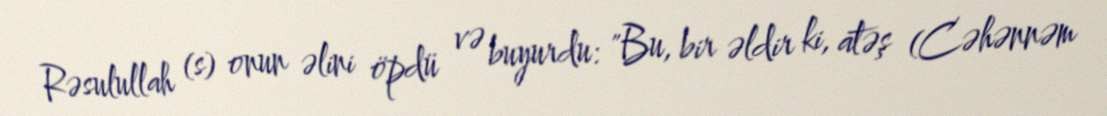
Rəsulullah (s) onun əlini öpdü və buyurdu: "Bu, bir əldir ki, atəş (Cəhənnəm